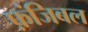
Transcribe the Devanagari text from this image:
फ़ंजिबल